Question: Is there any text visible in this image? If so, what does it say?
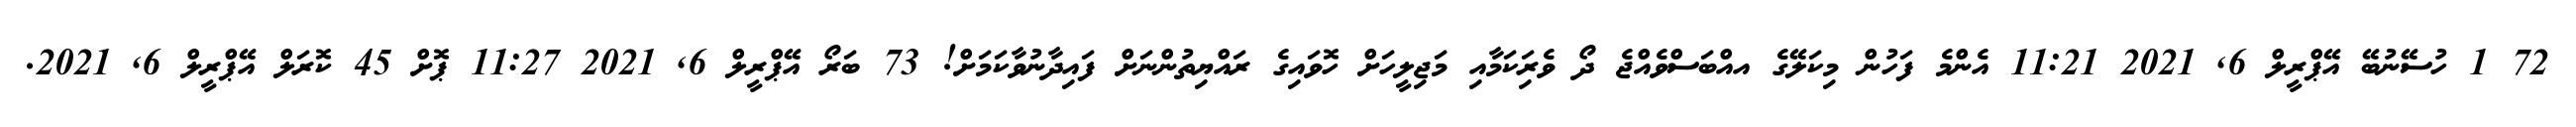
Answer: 72 1 ހުސޭނުބޭ އޭޕްރީލް 6, 2021 11:21 އެންމެ ފަހުން މިކަލޭގެ އއްބަސްވެއްޖެ ދޯ ވެރިަކަމާއި މަޖިލީހަށް ހޮވައިގެ ރައްޔިތުންނަށް ފައިދާނުވާކަމަށް! 73 ބަރޯ އޭޕްރީލް 6, 2021 11:27 ޕޮށް 45 ކޮރަލް އޭޕްރީލް 6, 2021.